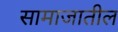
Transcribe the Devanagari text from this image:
सामाजातील